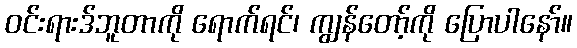
ဝင်းရားဒ်ဘူတာကို ရောက်ရင်၊ ကျွန်တော့်ကို ပြောပါနော်။